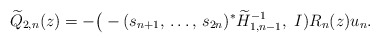
\begin{align*} \widetilde Q_{2,n}(z)=-\big(-(s_{n+1},\, \dots,\, s_{2n})^* \widetilde H_{1,n-1}^{-1},\ I)R_n(z)u_n. \end{align*}